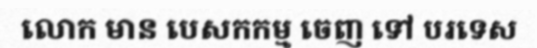
លោក មាន បេសកកម្ម ចេញ ទៅ បរទេស